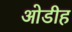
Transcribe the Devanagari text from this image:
ओडीह